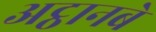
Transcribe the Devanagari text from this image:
अट्ठानबे